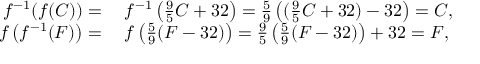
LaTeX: \begin{array} { r l } { f ^ { - 1 } ( f ( C ) ) = { } } & { { } f ^ { - 1 } \left( { \frac { 9 } { 5 } } C + 3 2 \right) = { \frac { 5 } { 9 } } \left( ( { \frac { 9 } { 5 } } C + 3 2 ) - 3 2 \right) = C , } \\ { f \left( f ^ { - 1 } ( F ) \right) = { } } & { { } f \left( { \frac { 5 } { 9 } } ( F - 3 2 ) \right) = { \frac { 9 } { 5 } } \left( { \frac { 5 } { 9 } } ( F - 3 2 ) \right) + 3 2 = F , } \end{array}